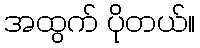
အထွက် ပိုတယ်။